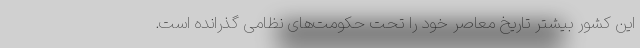
این کشور بیشتر تاریخ معاصر خود را تحت حکومت‌های نظامی گذرانده است.